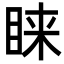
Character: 睐